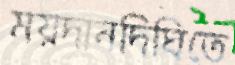
ময়দানদিঘিতে